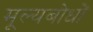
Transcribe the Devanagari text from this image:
मूल्यबोधों